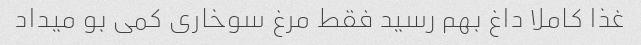
غذا کاملا داغ بهم رسید فقط مرغ سوخاری کمی بو میداد